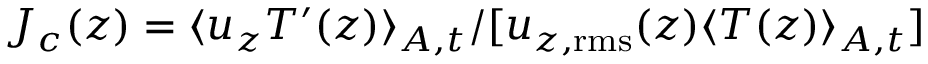
J _ { c } ( z ) = \langle u _ { z } T ^ { \prime } ( z ) \rangle _ { A , t } / [ u _ { z , \mathrm { r m s } } ( z ) \langle T ( z ) \rangle _ { A , t } ]